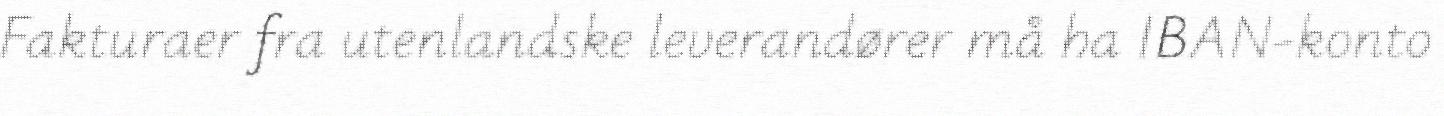
Fakturaer fra utenlandske leverandører må ha IBAN-konto